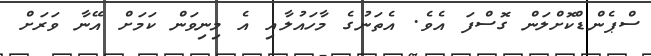
ސްޕެންޑްކޮށްލަން ގޮސްފަ އެވެ. އެތަނުގެ މާހައުލާއި އެ މިނިވަން ކަމަށް އޭނާ ވަރަށް